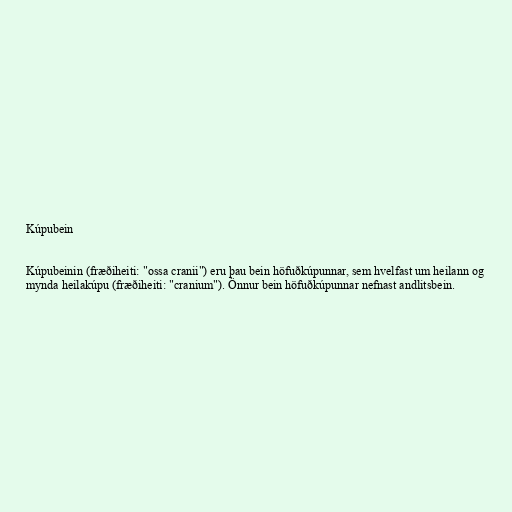
Kúpubein

Kúpubeinin (fræðiheiti: "ossa cranii") eru þau bein höfuðkúpunnar, sem hvelfast um heilann og
mynda heilakúpu (fræðiheiti: "cranium"). Önnur bein höfuðkúpunnar nefnast andlitsbein.